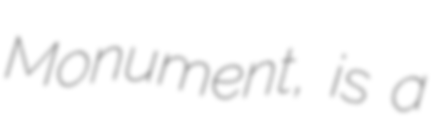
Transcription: Monument, is a